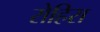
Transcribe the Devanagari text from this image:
रोहिरा